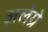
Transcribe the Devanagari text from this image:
अलेग्रे